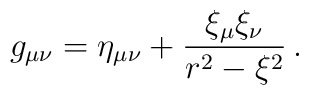
g_{\mu\nu}=\eta_{\mu\nu}+\frac{\xi_{\mu}\xi_{\nu}}{r^{2}-\xi^{2}}\, .